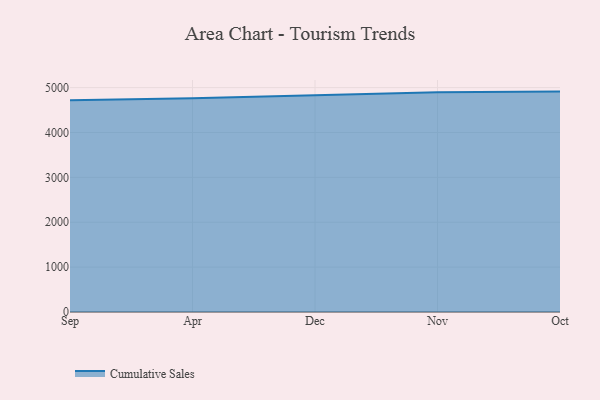
{"axis": {"x": "Month", "y": "Humidity (%)"}, "legend": ["Cumulative Sales"], "data": [{"x": "Sep", "y": 4716.5, "type": "Cumulative Sales"}, {"x": "Apr", "y": 4763.1, "type": "Cumulative Sales"}, {"x": "Dec", "y": 4828.7, "type": "Cumulative Sales"}, {"x": "Nov", "y": 4897.5, "type": "Cumulative Sales"}, {"x": "Oct", "y": 4911.2, "type": "Cumulative Sales"}]}